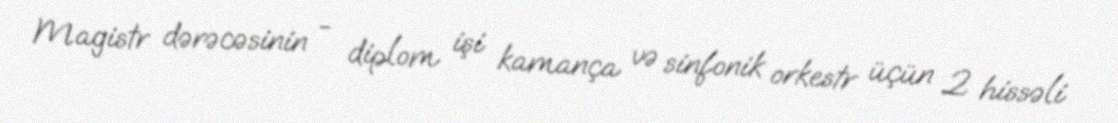
Magistr dərəcəsinin - diplom işi kamança və sinfonik orkestr üçün 2 hissəli